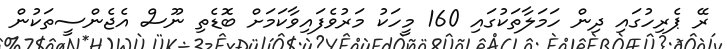
ރޭ ޕެރިހުގައި ދިން ހަމަލާތަކުގައި 160 މީހަކު މަރުވެފައިވާކަމަށް ބޮޑެތި ނޫސް އެޖެންސީތަކުން